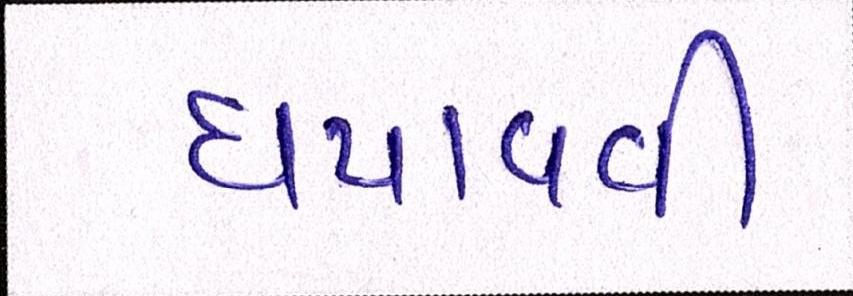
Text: ધપાવવી